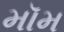
મૉમ